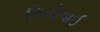
નિચોવાઈ